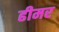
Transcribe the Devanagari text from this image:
ढीमर